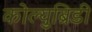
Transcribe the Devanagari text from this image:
कोल्युब्रिडी